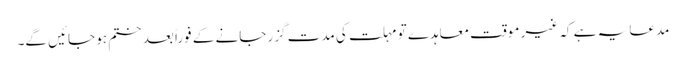
مدعا یہ ہے کہ غیر موقت معاہدے تو مہلت کی مدت گزر جانے کے فوراً بعد ختم ہو جائیں گے۔